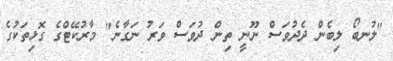
"ލުނބޯ ލިބެން ދެދުވަސް ނޫނީ ތިން ދުވަސް ވަރު ނަގާނެ" މާރުކޭޓްގެ ގޮޅިތަކުގެ